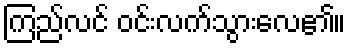
ကြည်လင် ဝင်းလက်သွားလေ၏။